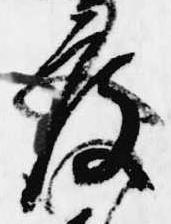
度